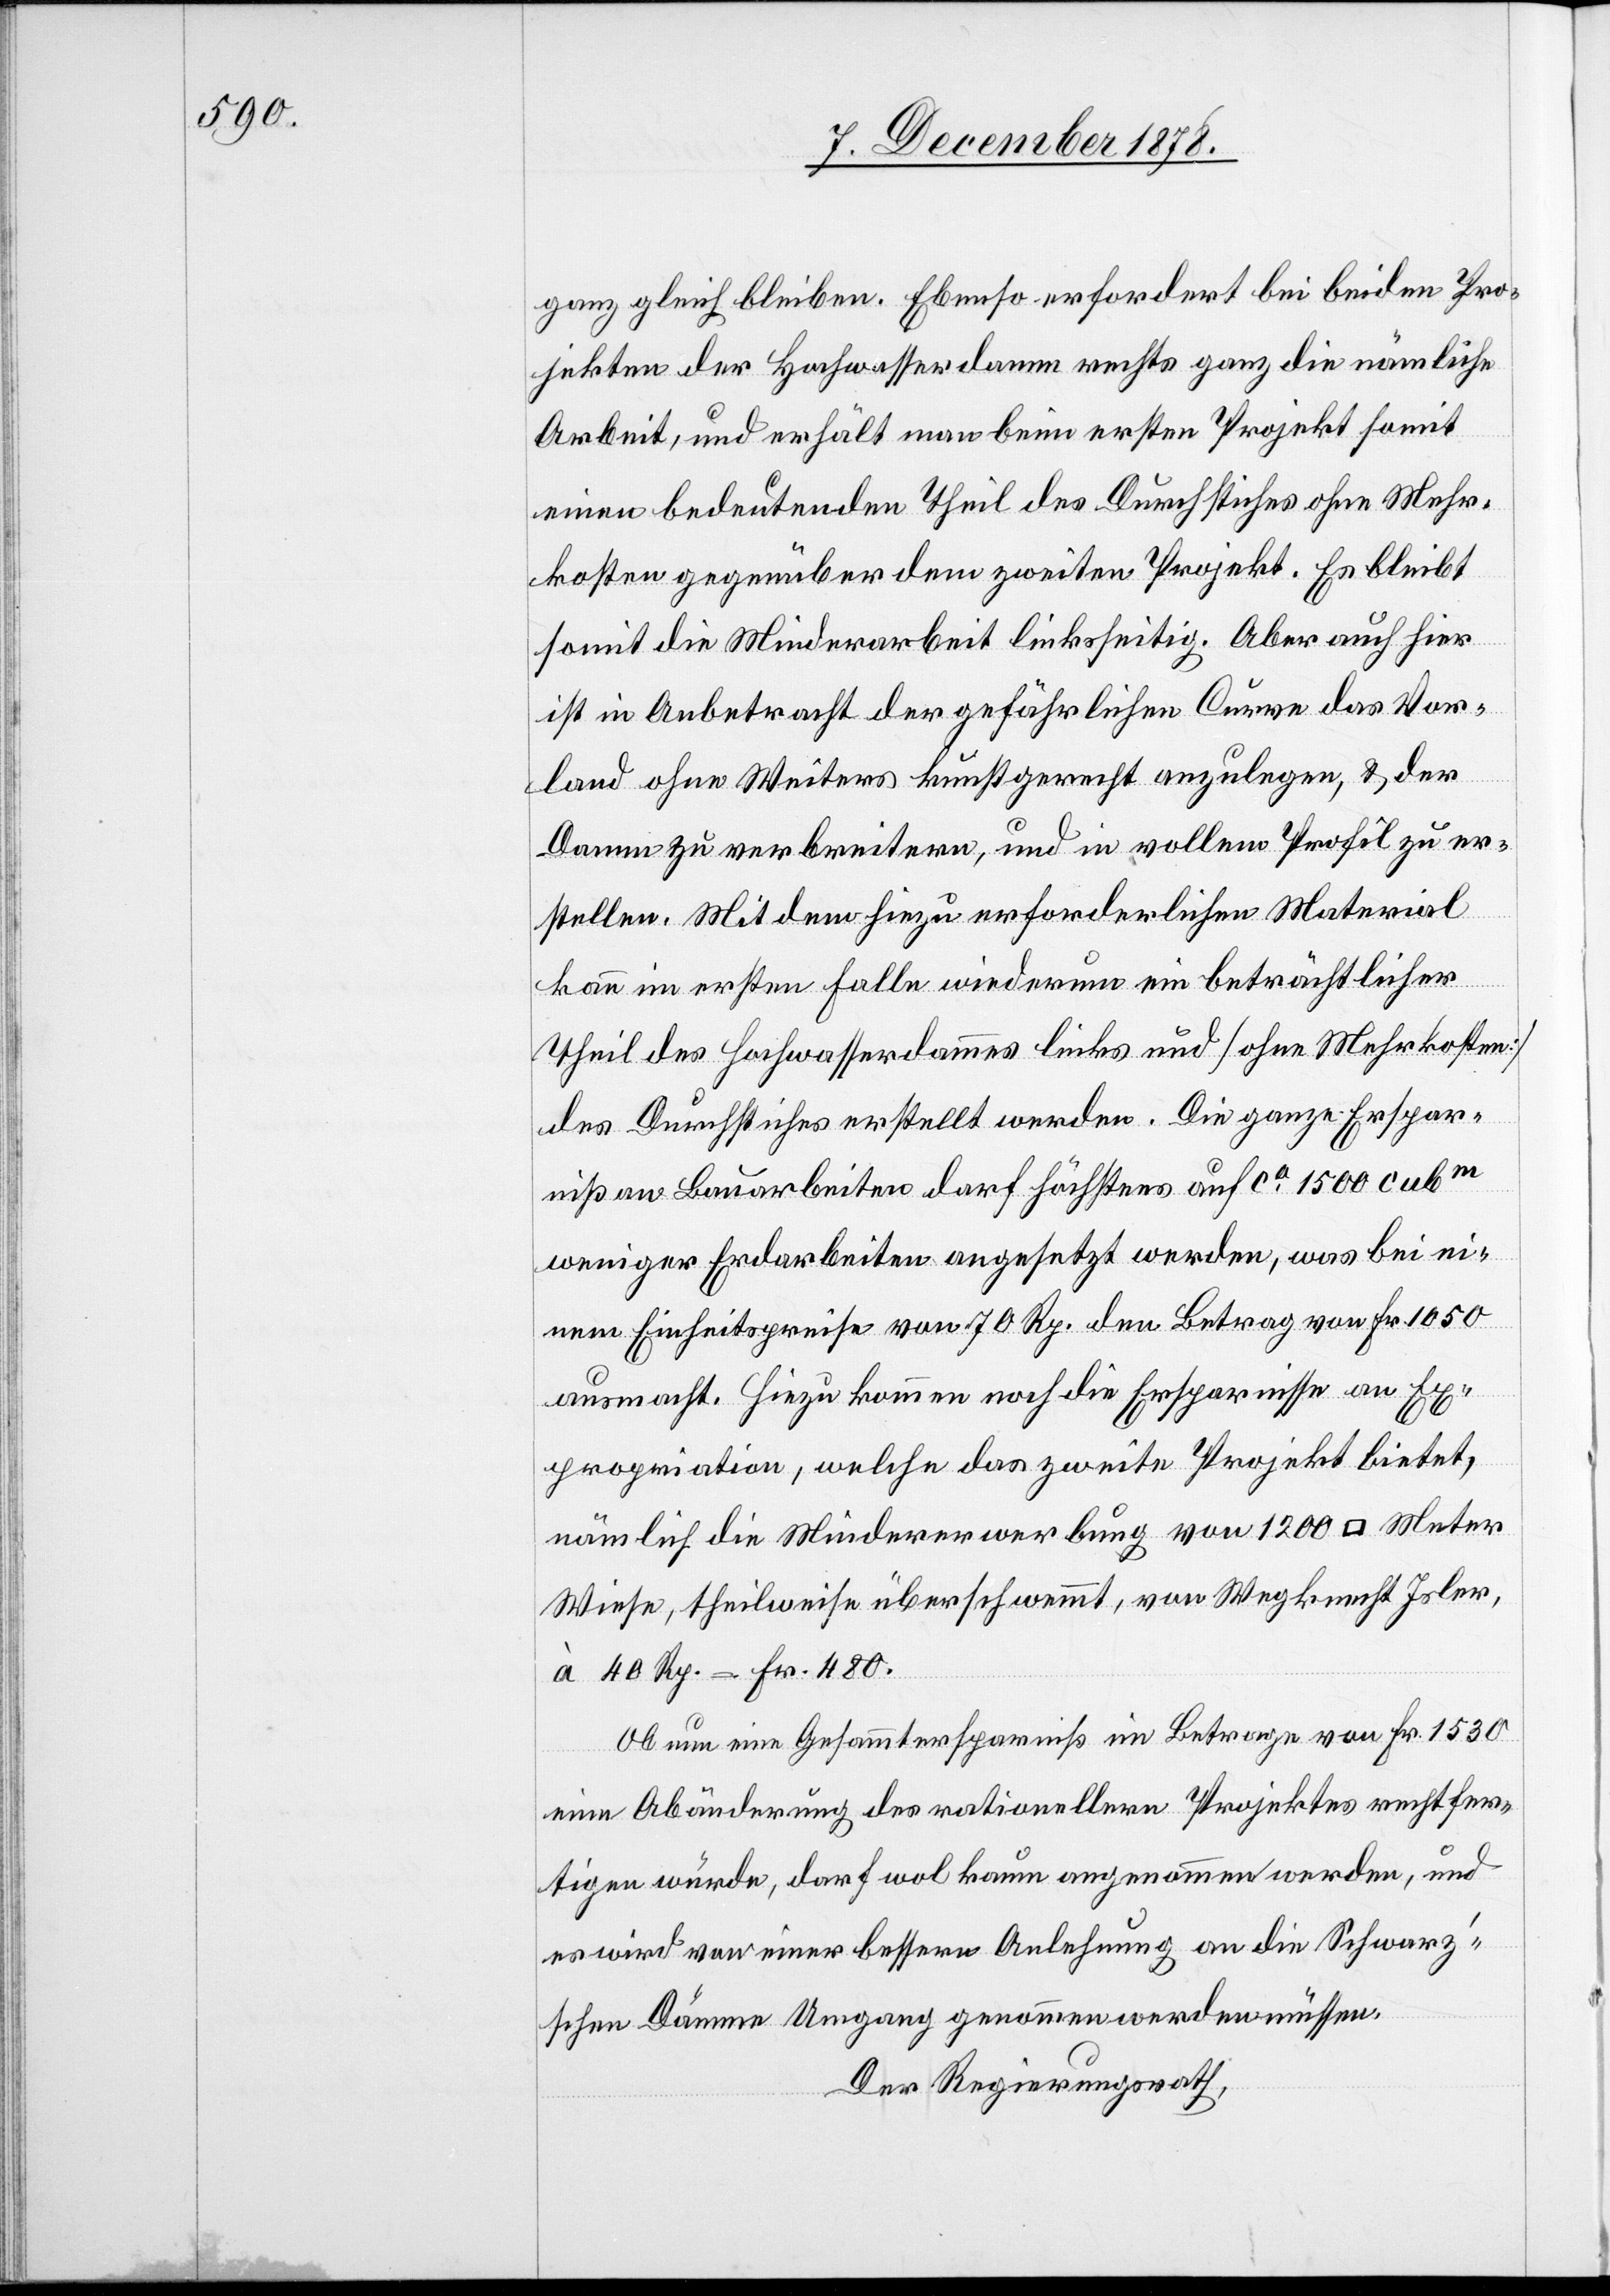
ganz gleich bleiben. Ebenso erfordert bei beiden Pro¬
jekten der Hochwasserdamm rechts ganz die nämliche
Arbeit, und erhält man beim ersten Projekt somit
einen bedeutenden Theil des Durchstiches ohne Mehr¬
kosten gegenüber dem zweiten Projekt. Es bleibt
somit die Minderarbeit linksseitig. Aber auch hier
ist in Anbetracht der gefährlichen Curve das Vor¬
land ohne weiteres kunstgerecht anzulegen, & der
Damm zu verbreitern, und in vollem Profil zu er¬
stellen. Mit dem hiezu erforderlichen Material
kann im ersten Falle wiederum ein beträchtlicher
Theil des Hochwasserdammes links und [ohne Mehrkosten]
des Durchstiches erstellt werden. Die ganze Erspar¬
niß an Bauarbeiten darf höchstens auf ca 1500 cubm
weniger Erdarbeiten angesetzt werden, was bei ei¬
nem Einheitspreise von 70 Rp. den Betrag von Fr. 1050
ausmacht. Hiezu kommen noch die Ersparnisse an Ex¬
propriation, welche das zweite Projekt bietet,
nämlich die Mindererwerbung von 1200 [Quadrat] Meter
Wiese, theilweise überschwemmt, von Wegknecht Isler,
à 40 Rp. = Fr. 480.
Ob nun eine Gesammtersparniß im Betrage von Fr. 1530
eine Abänderung des rationelleren Projektes rechtfer¬
tigen würde, darf wol kaum angenommen werden, und
es wird von einer bessern Anlehnung an die Schwarz’s¬
chen Dämme Umgang genommen werden müssen.
Der Regierungsrath,